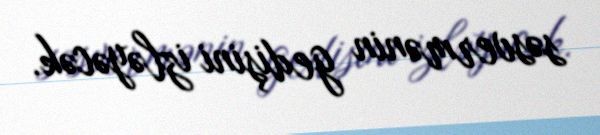
səsvermənin gedişini izləyəcək.